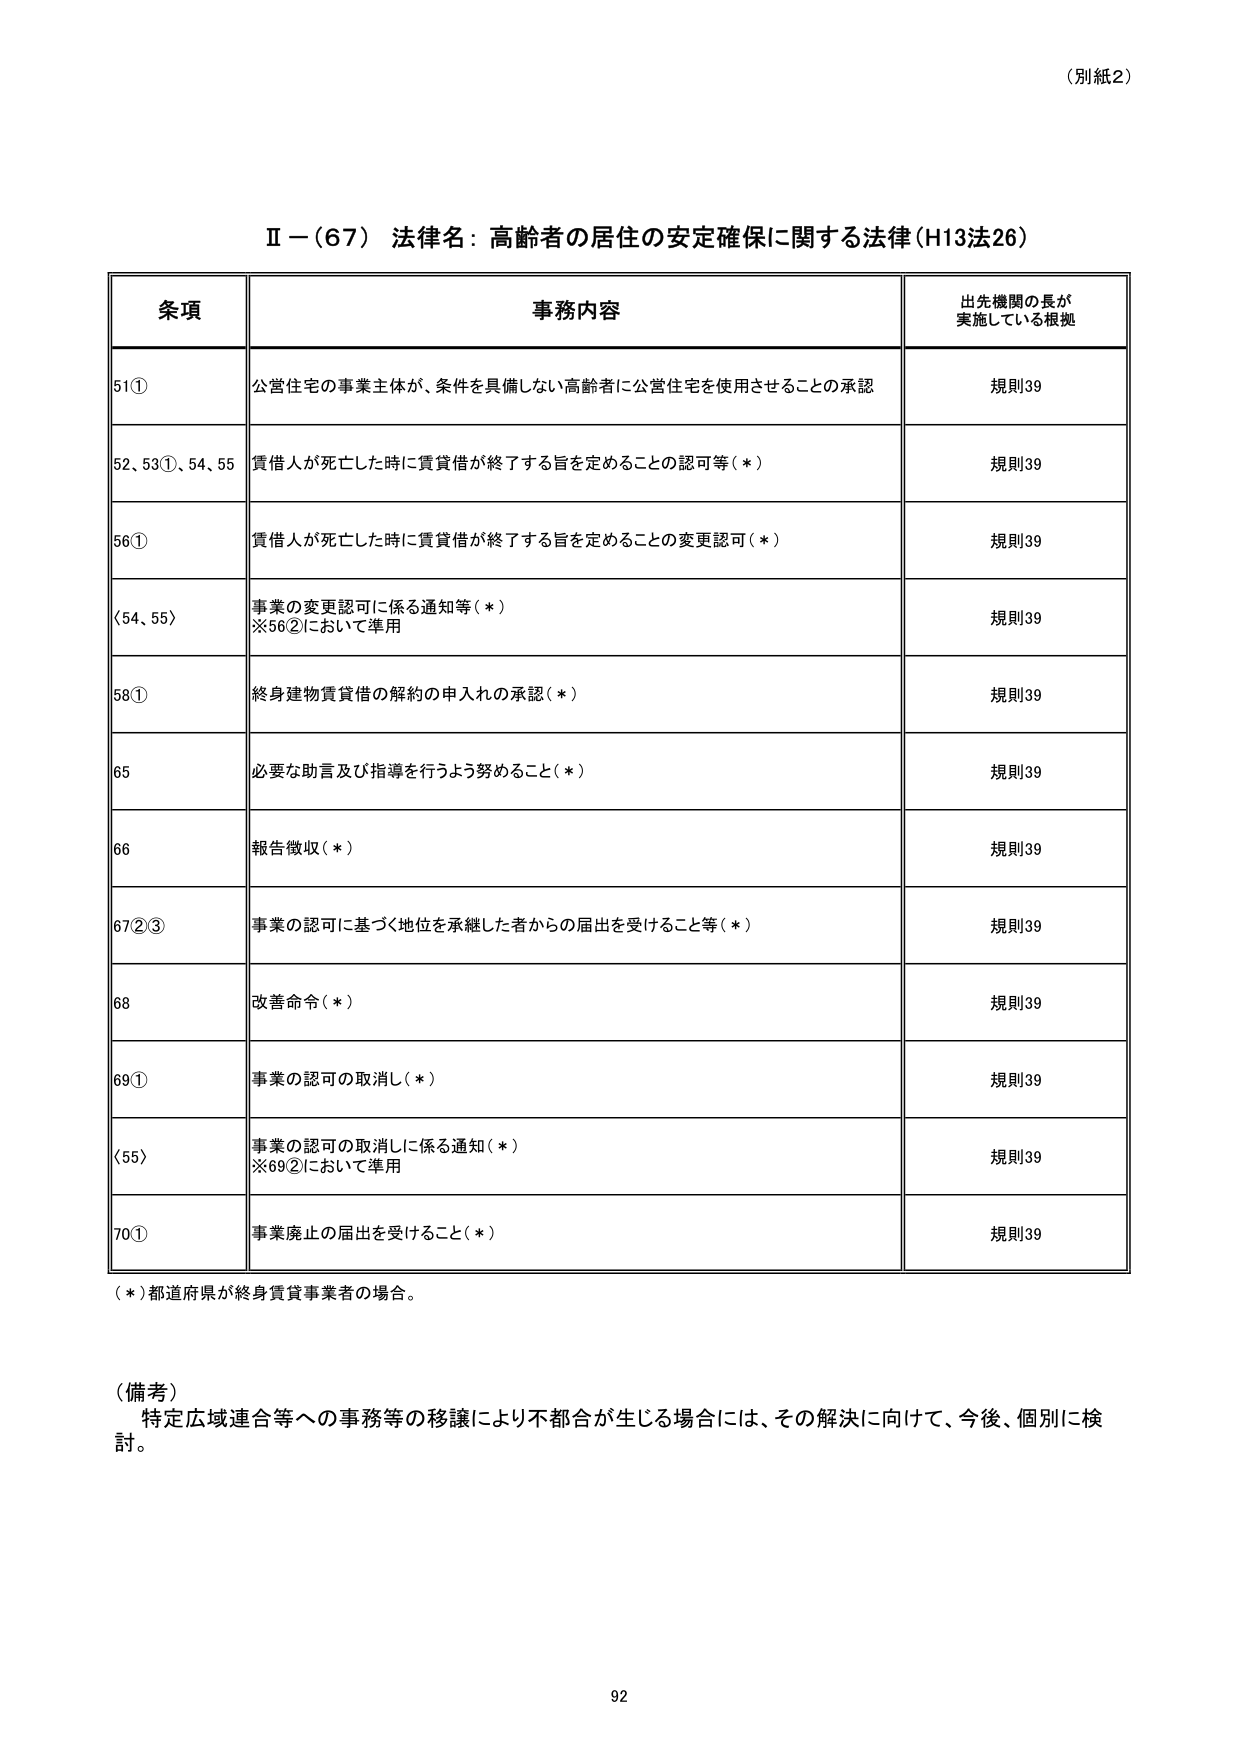
（別紙2）

Ⅱ－（67） 法律名：高齢者の居住の安定確保に関する法律（H13法26）

条項 事務内容 出先機関の長が 実施している根拠

51① 公営住宅の事業主体が、条件を具備しない高齢者に公営住宅を使用させることの承認 規則39

52、53①、54、55 賃借人が死亡した時に賃貸借が終了する旨を定めることの認可等（＊） 規則39

56① 賃借人が死亡した時に賃貸借が終了する旨を定めることの変更認可（＊） 規則39

（54、55） 事業の変更認可に係る通知等（＊） ※56②において準用 規則39

58① 終身建物賃貸借の解約の申入れの承認（＊） 規則39

65 必要な助言及び指導を行うよう努めること（＊） 規則39

66 報告徴収（＊） 規則39

67②③ 事業の認可に基づく地位を承継した者からの届出を受けること等（＊） 規則39

68 改善命令（＊） 規則39

69① 事業の認可の取消し（＊） 規則39

（55） 事業の認可の取消しに係る通知（＊） ※69②において準用 規則39

70① 事業廃止の届出を受けること（＊） 規則39

（＊）都道府県が終身賃貸事業者の場合。

（備考） 特定広域連合等への事務等の移譲により不都合が生じる場合には、その解決に向けて、今後、個別に検討。

92